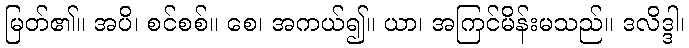
မြတ်၏။ အပိ၊ စင်စစ်။ စေ၊ အကယ်၍။ ယာ၊ အကြင်မိန်းမသည်။ ဒလိဒ္ဒါ၊